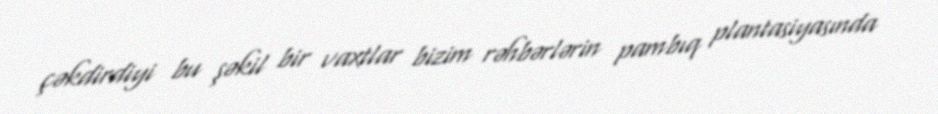
çəkdirdiyi bu şəkil bir vaxtlar bizim rəhbərlərin pambıq plantasiyasında